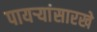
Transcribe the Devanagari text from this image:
पायऱ्यांसारखे